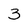
Character: 3